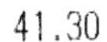
41.30